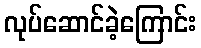
လုပ်ဆောင်ခဲ့ကြောင်း